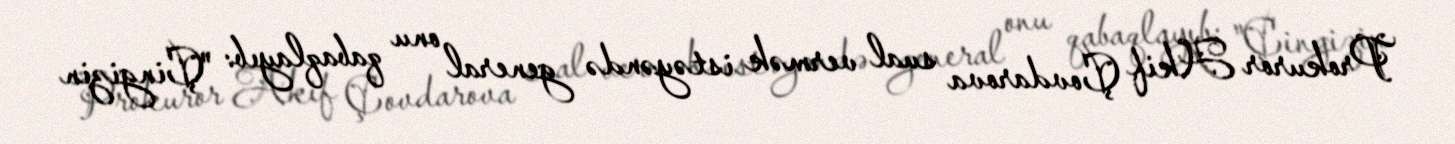
Prokuror Akif Çovdarova sual vermək istəyəndə general onu qabaqlayıb: "Çingizin